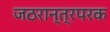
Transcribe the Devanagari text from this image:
जठरान्त्रपरक